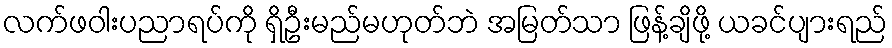
လက်ဖဝါးပညာရပ်ကို ရှိဦးမည်မဟုတ်ဘဲ အမြတ်သာ ဖြန့်ချိဖို့ ယခင်ပျားရည်